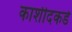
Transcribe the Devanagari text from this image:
काशीदकडे